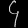
Digit: ၄